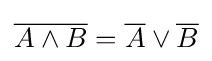
{\overline {A\land B}}={\overline {A}}\lor {\overline {B}}